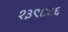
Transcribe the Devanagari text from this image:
१३९७८६